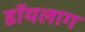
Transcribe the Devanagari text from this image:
डॉयलाग